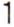
1